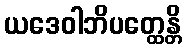
ယဒေဝါဘိပတ္ထေန္တိ